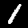
Digit: 1